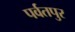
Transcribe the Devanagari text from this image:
पर्वतपुर